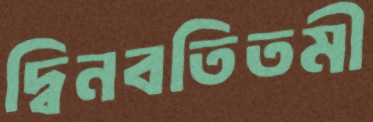
দ্বিনবতিতমী